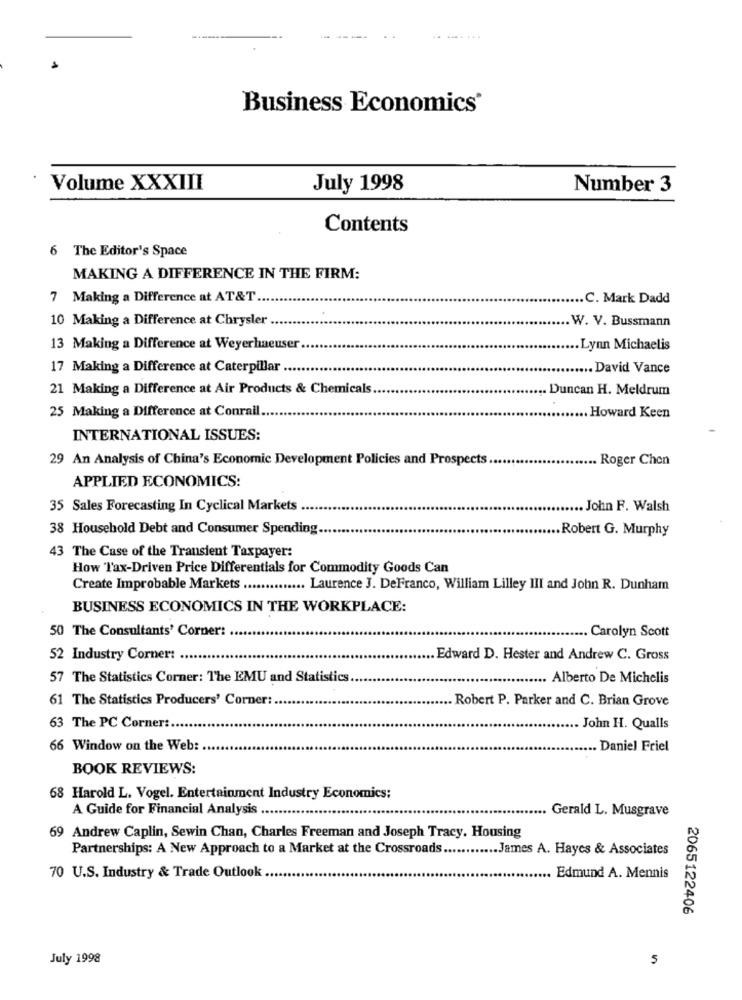
Business Economics'
Volume XXXIII
July 1998
Number 3
Contents
6 The Editor's Space
MAKING A DIFFERENCE IN THE FIRM:
7 Making a Difference at AT&T.
.. C. Mark Dadd
10 Making a Difference at Chrysler
.W. V. Bussmann
13 Making a Difference at Weyerhaeuser.
.Lynn Michaelis
17 Making a Difference at Caterpillar
David Vance
21 Making a Difference at Air Products & Chemicals
... Duncan H. Meldrum
25 Making a Difference at Conrail.
... Howard Keen
INTERNATIONAL ISSUES:
29 An Analysis of China's Economic Development Policies and Prospects
.... Roger Chen
APPLIED ECONOMICS:
35 Sales Forecasting In Cyclical Markets
... John F. Walsh
38 Household Debt and Consumer Spending.
.. Robert G. Murphy
43 The Case of the Transient Taxpayer:
How Tax-Driven Price Differentials for Commodity Goods Can
Create Improbable Markets ...
Laurence J. DeFranco, William Lilley III and John R. Dunham
BUSINESS ECONOMICS IN THE WORKPLACE:
... Carolyn Scott
50 The Consultants' Corner: .....
52 Industry Corner:
Edward D. Hester and Andrew C. Gross
57 The Statistics Corner: The EMU and Statistics.
.. Alberto De Michelis
61 The Statistics Producers' Corner :.
Robert P. Parker and C. Brian Grove
63 The PC Corner :..
. John H. Qualls
66 Window on the Web:
. Daniel Friel
BOOK REVIEWS:
68 Harold L. Vogel. Entertainment Industry Economics:
A Guide for Financial Analysis
Gerald L. Musgrave
69 Andrew Caplin, Sewin Chan, Charles Freeman and Joseph Tracy. Housing
Partnerships: A New Approach to a Market at the Crossroads ............ James A. Hayes & Associates
70 U.S. Industry & Trade Outlook
.. Edmund A. Mennis
2065122406
July 1998
5